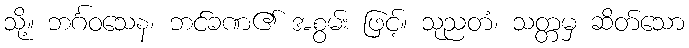
သို့။ ဘင်္ဂဝသေန၊ ဘင်ခဏ၏ အစွမ်း ဖြင့်။ သုညတံ၊ သတ္တမှ ဆိတ်သော